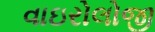
વાઇરોલોજી